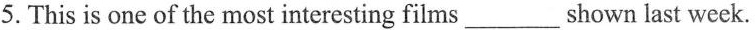
5.This is one of the most interesting films___ shown last week.